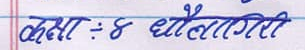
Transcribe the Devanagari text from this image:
कक्षा : ४ धौलागिरी